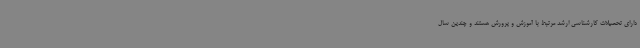
دارای تحصیلات کارشناسی ارشد مرتبط با آموزش و پرورش هستند و چندین سال